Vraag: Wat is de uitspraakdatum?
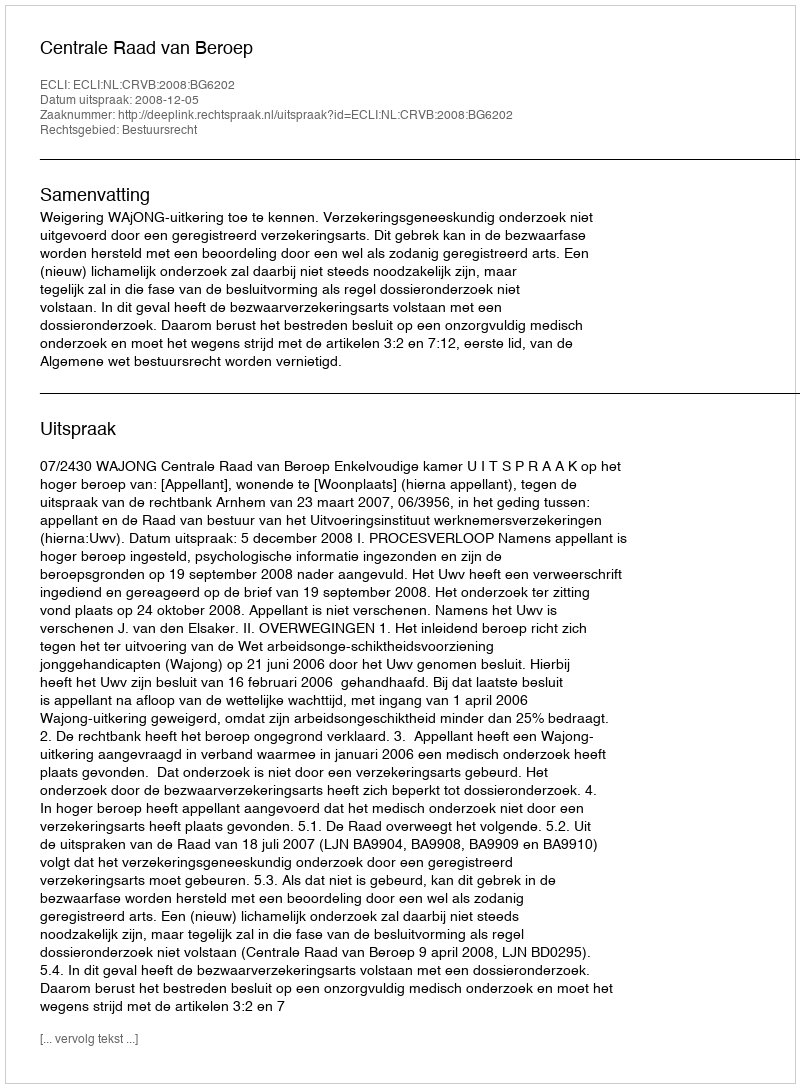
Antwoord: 2008-12-05